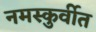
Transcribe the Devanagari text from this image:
नमस्कुर्वीत